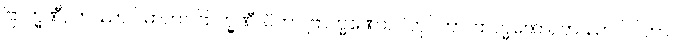
ဗြာဟ္မဏီ, တဿာပိ မာတာ ဗြာဟ္မဏီ၊ ပိတာ ဗြာဟ္မဏော, ပိတုပိတာ ဗြာဟ္မဏော, တဿာပိ ပိတာ